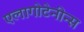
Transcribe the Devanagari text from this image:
एलागोटेनीन्स